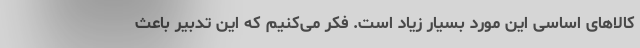
کالاهای اساسی این مورد بسیار زیاد است. فکر می‌کنیم که این تدبیر باعث